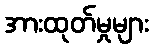
အားထုတ်မှုများ